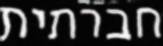
חברתית